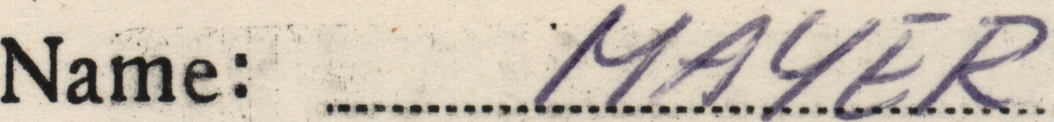
Name: MAYER